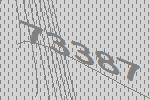
73387